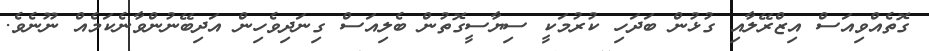
ގޮތެއްވިއަސް އިޒްރޭލާއި ގުޅުން ބަދަހި ކުރުމަކީ ސިޔާސީގޮތުން ބެލިއަސް ގިނަދިވެހިން އަދިބޭނުންވާނެކަމެއް ނޫނެވެ.